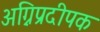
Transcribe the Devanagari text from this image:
अग्निप्रदीपक